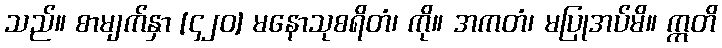
သည်။ စာမျက်နှာ [၄၂၀] မနောသုစရိတံ၊ ကို။ အကတံ၊ မပြုအပ်မိ။ ဣတိ